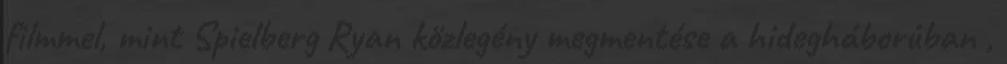
filmmel, mint Spielberg Ryan közlegény megmentése a hidegháborúban ,